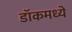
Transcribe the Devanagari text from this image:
डॉकमध्ये